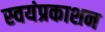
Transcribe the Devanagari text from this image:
स्वयंप्रकाशन